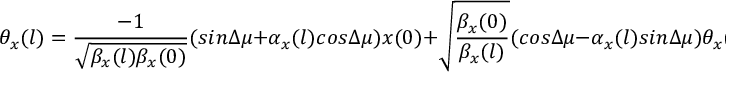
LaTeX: \theta _ { x } ( l ) = { \frac { - 1 } { \sqrt { { \beta _ { x } } ( l ) \beta _ { x } ( 0 ) } } } ( s i n { \Delta { \mu } } + \alpha _ { x } ( l ) c o s { \Delta { \mu } } ) x ( 0 ) + \sqrt { \frac { { \beta _ { x } } ( 0 ) } { \beta _ { x } ( l ) } } ( c o s { \Delta { \mu } } - \alpha _ { x } ( l ) s i n { \Delta { \mu } } ) \theta _ { x } ( 0 ) + \xi D _ { x } ^ { \prime } ,